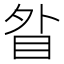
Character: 䀤